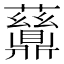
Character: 𬹪